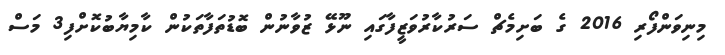
މިނިވަންފޯރި 2016 ގެ ބަށިމެޗް ސަރުކާރުވަޒީފާގައި ނޫޅޭ ޒުވާނުން ބޮޑުތަފާތަކުން ކާމިޔާބުކޮށްފި3 މަސް